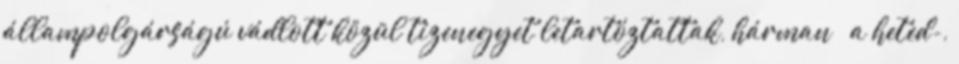
állampolgárságú vádlott közül tizenegyet letartóztattak, hárman – a heted-,